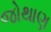
જોથાણ